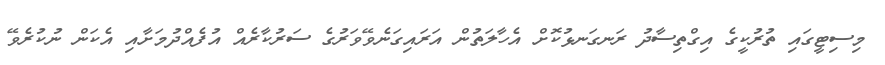
މިސިޓީގައި ތުރުކީގެ އިގްތިސާދު ރަނގަނޅުކޮށް އެހާލަތުން އަރައިގަނެވޭވަރުގެ ސަރުކާރެއް އުފެއްދުމަށާއި އެކަން ނުކުރެވޭ